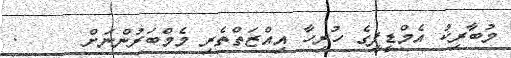
މުބާރިކު އެމްޑީޕީގެ ހުރިހާ އިއްޒަތްތެރި މެމްބަރުންނަށް